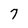
Character: 7